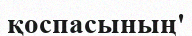
қоспасының'